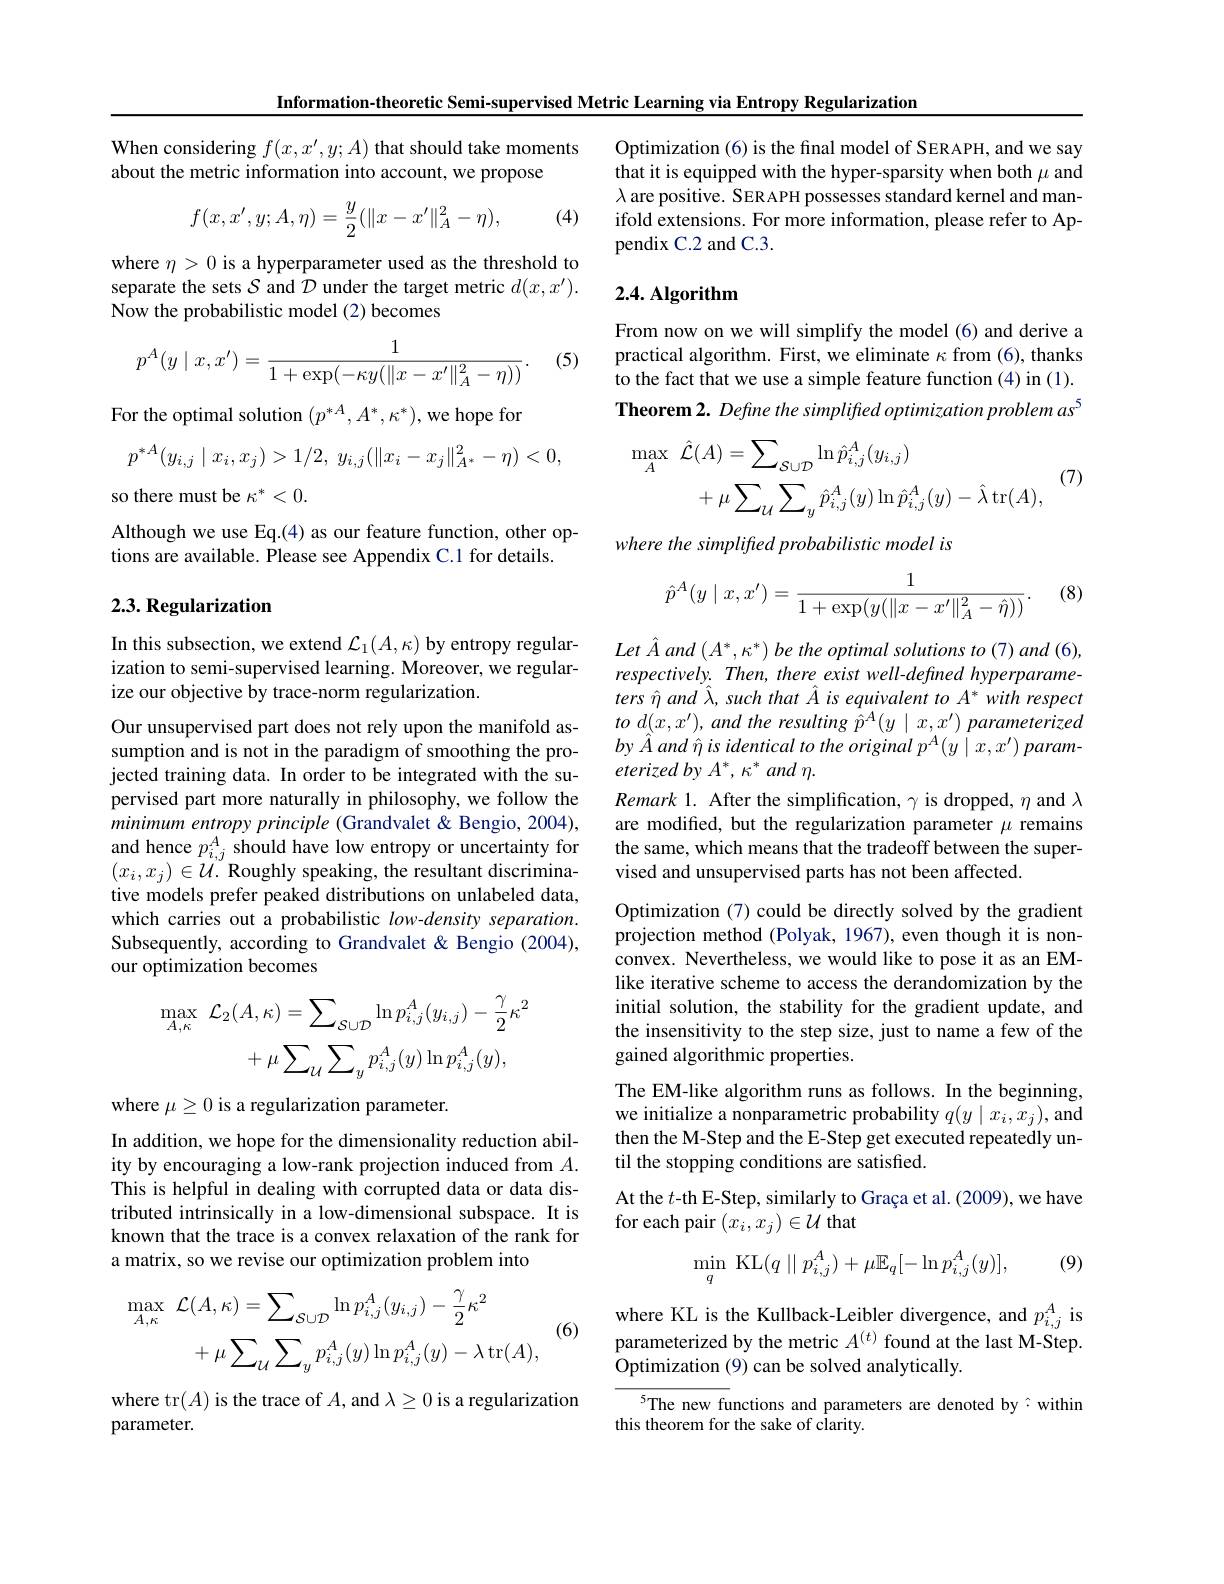
Information-theoretic Semi-supervised Metric Learning via Entropy Regularization

When considering $f(x,x^{\prime},y;A)$ that should take moments
about the metric information into account, we propose
$$f(x,x',y;A,\eta)=\frac{y}{2}(\|x-x'\|_A^2-\eta),$$
(4)

where $\eta>0$ is a hyperparameter used as the threshold to separate the sets $S$ and $\mathcal D$ under the target metric $d(x,x^{\prime}).$ Now the probabilistic model (2) becomes

(5)
$$p^A(y\mid x,x')=\frac{1}{1+\exp(-\kappa y(\|x-x'\|_A^2-\eta))}.$$
For the optimal solution $(p^{*A},A^{*},\kappa^{*})$,we hope for
$$p^{*A}(y_{i,j}\mid x_{i},x_{j})>1/2,\:y_{i,j}(\|x_{i}-x_{j}\|_{A^{*}}^{2}-\eta)<0,$$
so there must be $\kappa^*<0.$
Although we use Eq.(4) as our feature function, other op-
tions are available. Please see Appendix C.1 for details.

### 2.3. Regularization

In this subsection, we extend $\mathcal{L}_1(A,\kappa)$ by entropy regularization to semi-supervised learning. Moreover, we regularize our objective by trace-norm regularization.

Our unsupervised part does not rely upon the manifold assumption and is not in the paradigm of smoothing the projected training data. In order to be integrated with the supervised part more naturally in philosophy, we follow the minimum entropy principle (Grandvalet&Bengio, 2004), and hence $p_i,j^A$ should have low entropy or uncertainty for $(x_{i},x_{j})\in\mathcal{U}.$ Roughly speaking, the resultant discriminative models prefer peaked distributions on unlabeled data, which carries out a probabilistic low-density separation. Subsequently, according to Grandvalet & Bengio (2004), our optimization becomes
$$\begin{aligned}\max_{A,\kappa}\:\mathcal{L}_{2}(A,\kappa)&=\sum_{S\cup\mathcal{D}}\ln p_{i,j}^{A}(y_{i,j})-\frac{\gamma}{2}\kappa^{2}\\&+\mu\sum_{\mathcal{U}}\sum_{y}p_{i,j}^{A}(y)\ln p_{i,j}^{A}(y),\end{aligned}$$
where $\mu\geq0$ is a regularization parameter.

In addition, we hope for the dimensionality reduction ability by encouraging a low-rank projection induced from $A.$ This is helpful in dealing with corrupted data or data distributed intrinsically in a low-dimensional subspace. It is known that the trace is a convex relaxation of the rank for a matrix, so we revise our optimization problem into
$$\begin{aligned}\max_{A,\kappa}&\mathcal{L}(A,\kappa)=\sum_{\mathcal{S}\cup\mathcal{D}}\ln p_{i,j}^{A}(y_{i,j})-\frac{\gamma}{2}\kappa^{2}\\&+\mu\sum_{\mathcal{U}}\sum_{y}p_{i,j}^{A}(y)\ln p_{i,j}^{A}(y)-\lambda\operatorname{tr}(A),\end{aligned}$$
(6)

where tr$(A)$ is the trace of $A$, and $\lambda\geq0$ is a regularization
parameter.

Optimization (6) is the final model of SERAPH, and we say that it is equipped with the hyper-sparsity when both $\mu$ and $\lambda$ are positive. SERAPH possesses standard kernel and manifold extensions. For more information, please refer to Appendix C.2 and C.3.

## 2.4. Algorithm

From now on we will simplify the model (6) and derive a practical algorithm. First, we eliminate $\kappa$ from (6), thanks to the fact that we use a simple feature function (4) in (1). Theorem 2. Define the simplifted optimization problem as
$$\begin{aligned}\hat{\mathcal{L}}(A)&=\sum_{\mathcal{S}\cup\mathcal{D}}\ln\hat{p}_{i,j}^{A}(y_{i,j})\\&&\text{(7)}\\&+\mu\sum_{\mathcal{U}}\sum_{y}\hat{p}_{i,j}^{A}(y)\ln\hat{p}_{i,j}^{A}(y)-\hat{\lambda}\operatorname{tr}(A),\end{aligned}$$
where the simplifted probabilistic model is

(8)
$$\hat{p}^A(y\mid x,x')=\frac{1}{1+\exp(y(\|x-x'\|_A^2-\hat{\eta}))}.$$
$Let\hat{A}$ $and\left ( A^{* }, \kappa ^{* }\right ) be$ the optimal solutions $to$ (7) and (6), respectively. Then, there exist well-defined hyperparameters î and $\hat{\lambda}$, such that Â is equivalent to A* with respect $to~d(x,x^{\prime}),~and~the~resulting~\bar{\hat{p}}^{A}(y\mid x,x^{\prime})~parameterized$ $by\textit{Â and î is identical to the original p}^{A}(y\mid x,x^{\prime})$ parameterized by $A^*,\kappa^*$ and $\eta.$
Remark 1. After the simplification, $\gamma$ is dropped, $\eta$ and $\lambda$ are modified, but the regularization parameter $\mu$ remains the same, which means that the tradeoff between the supervised and unsupervised parts has not been affected

Optimization (7) could be directly solved by the gradient projection method (Polyak, 1967),even though it is nonconvex. Nevertheless, we would like to pose it as an EMlike iterative scheme to access the derandomization by the initial solution, the stability for the gradient update, and the insensitivity to the step size, just to name a few of the gained algorithmic properties.
The EM-like algorithm runs as follows. In the beginning, we initialize a nonparametric probability $q(y\mid x_i,x_j)$, and then the M-Step and the E-Step get executed repeatedly until the stopping conditions are satisfied.
At the $t$-th E-Step, similarly to Graça et al. (2009), we have
for each pair $(x_i,x_j)\in\mathcal{U}$ that
(9)
$$\min_{q}\:\mathrm{KL}(q\mid\mid p_{i,j}^{A})+\mu\mathbb{E}_{q}[-\ln p_{i,j}^{A}(y)],$$
where KL is the Kullback-Leibler divergence, and $p_i,j^A$ is parameterized by the metric $A^{(t)}$ found at the last M-Step. Optimization (9) can be solved analytically.

5The new functions and parameters are denoted by·within
this theorem for the sake of clarity.